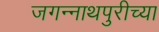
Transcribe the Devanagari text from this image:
जगन्‍नाथपुरीच्या